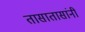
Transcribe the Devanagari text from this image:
तासातासांनी